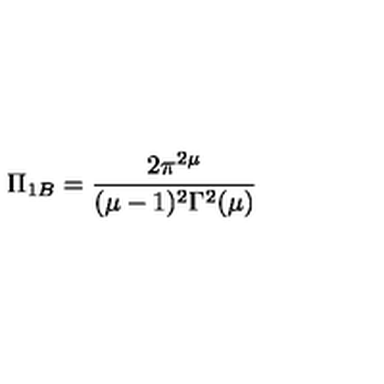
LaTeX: \Pi _ { 1 B } = \frac { 2 \pi ^ { 2 \mu } } { ( \mu - 1 ) ^ { 2 } \Gamma ^ { 2 } ( \mu ) }